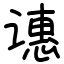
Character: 𬤝